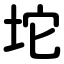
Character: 坨